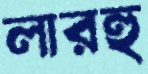
লারহু